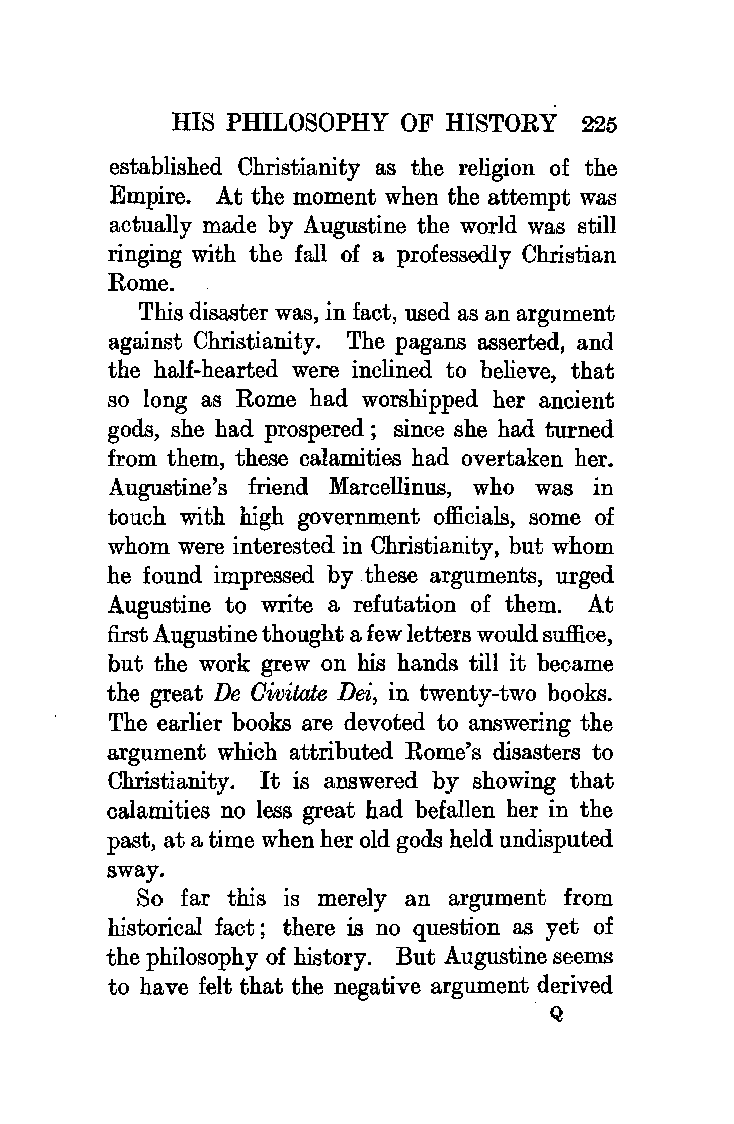
HIS PHILOSOPHY OF HISTORY  225
 established Christianity as the religion of the
 Empire. At the moment when the attempt was
 actually made by Augustine the world was still
 ringing with the fall of a professedly Christian
 Rome.
 This disaster was, in fact, used as an argument
 against Christianity. The pagans asserted, and
 the half-hearted were inclined to believe, that
 so long as Rome had worshipped her ancient
 gods, she had prospered ; since she had turned
 from them, these calamities had overtaken her.
 Augustine's friend l\farcellinus, who was in
 touch with high government officials, some of
 whom were interested in Christianity, but whom
 he found impressed by these arguments, urged
 Augustine to write a refutation of them. At
 first Augustine thought a few letters would suffice,
 but the work grew on his hands till it became
 the great De Oivit,ate Dei, in twenty-two books.
 The earlier books are devoted to answering the
 argument which attributed Rome's disasters to
 Christianity. It is answered by showing that
 calamities no less great had befallen her in the
 past, at a time when her old gods held undisputed
 sway.
 So far this is merely an argument from
 historical fact ; there ia no question as yet of
 the philosophy of history. But Augustine seems
 to have felt that the negative argument derived
 Q